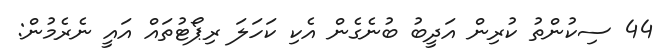
44 ސިކުންތު ކުރިން އަދީބު ބުނެގެން އެކި ކަހަލަ ރިޕޯޓުތައް އައީ ނެރެމުން: